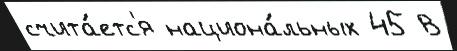
счита́етс'я национа́льных 45 В